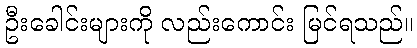
ဦးခေါင်းများကို လည်းကောင်း မြင်ရသည်။